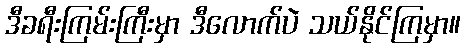
ဒီခရီးကြမ်းကြီးမှာ ဒီလောက်ပဲ သယ်နိုင်ကြမှာ။